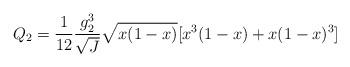
LaTeX: \begin{align*}Q_2=\frac{1}{12}\frac{g_{2}^{3}}{\sqrt{J}}\sqrt{x(1-x)}[x^3(1-x)+x(1-x)^3]\end{align*}